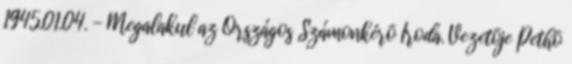
1945.01.04. - Megalakul az Országos Számonkérõ Iroda. Vezetõje Pethõ